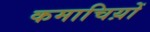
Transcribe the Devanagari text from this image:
कमाचिय़ों